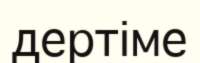
дертіме